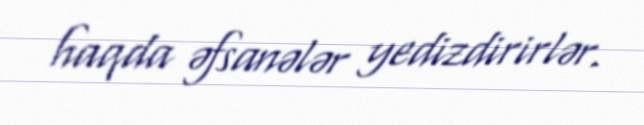
haqda əfsanələr yedizdirirlər.